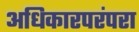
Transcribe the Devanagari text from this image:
अधिकारपरंपरा